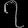
Digit: ၇